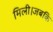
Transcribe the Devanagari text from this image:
मिली।जबकि